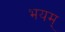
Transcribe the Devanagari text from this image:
भयम्